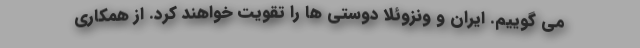
می گوییم. ایران و ونزوئلا دوستی ها را تقویت خواهند کرد. از همکاری